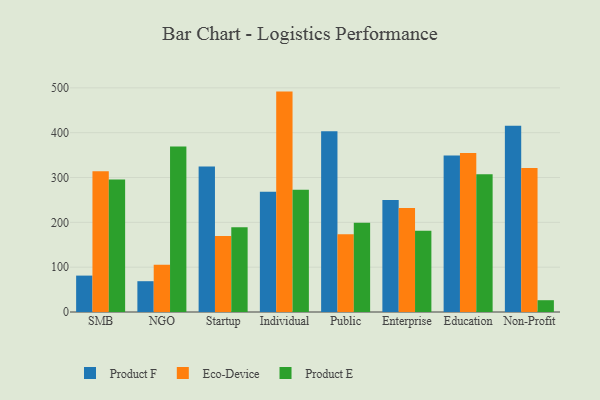
{"axis": {"x": "Segment", "y": "LTV (USD)"}, "legend": ["Eco-Device", "Product E", "Product F"], "data": [{"x": "SMB", "y": 81.2, "type": "Product F"}, {"x": "SMB", "y": 313.8, "type": "Eco-Device"}, {"x": "SMB", "y": 295.8, "type": "Product E"}, {"x": "NGO", "y": 68.7, "type": "Product F"}, {"x": "NGO", "y": 105.4, "type": "Eco-Device"}, {"x": "NGO", "y": 369.3, "type": "Product E"}, {"x": "Startup", "y": 324.7, "type": "Product F"}, {"x": "Startup", "y": 169.5, "type": "Eco-Device"}, {"x": "Startup", "y": 188.8, "type": "Product E"}, {"x": "Individual", "y": 268.2, "type": "Product F"}, {"x": "Individual", "y": 491.6, "type": "Eco-Device"}, {"x": "Individual", "y": 272.8, "type": "Product E"}, {"x": "Public", "y": 402.9, "type": "Product F"}, {"x": "Public", "y": 173.6, "type": "Eco-Device"}, {"x": "Public", "y": 198.8, "type": "Product E"}, {"x": "Enterprise", "y": 250.0, "type": "Product F"}, {"x": "Enterprise", "y": 231.9, "type": "Eco-Device"}, {"x": "Enterprise", "y": 181.0, "type": "Product E"}, {"x": "Education", "y": 349.0, "type": "Product F"}, {"x": "Education", "y": 354.6, "type": "Eco-Device"}, {"x": "Education", "y": 307.4, "type": "Product E"}, {"x": "Non-Profit", "y": 415.6, "type": "Product F"}, {"x": "Non-Profit", "y": 321.4, "type": "Eco-Device"}, {"x": "Non-Profit", "y": 26.3, "type": "Product E"}]}